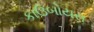
કાઉબોયસ